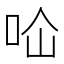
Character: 𭇔